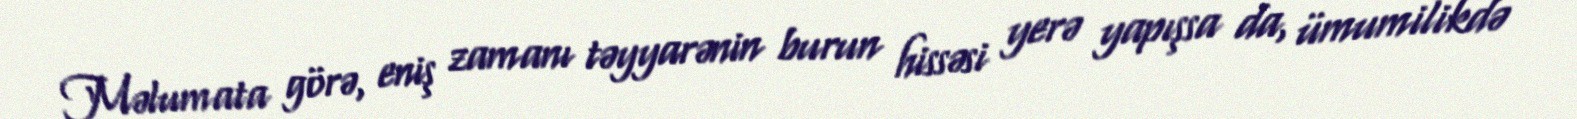
Məlumata görə, eniş zamanı təyyarənin burun hissəsi yerə yapışsa da, ümumilikdə